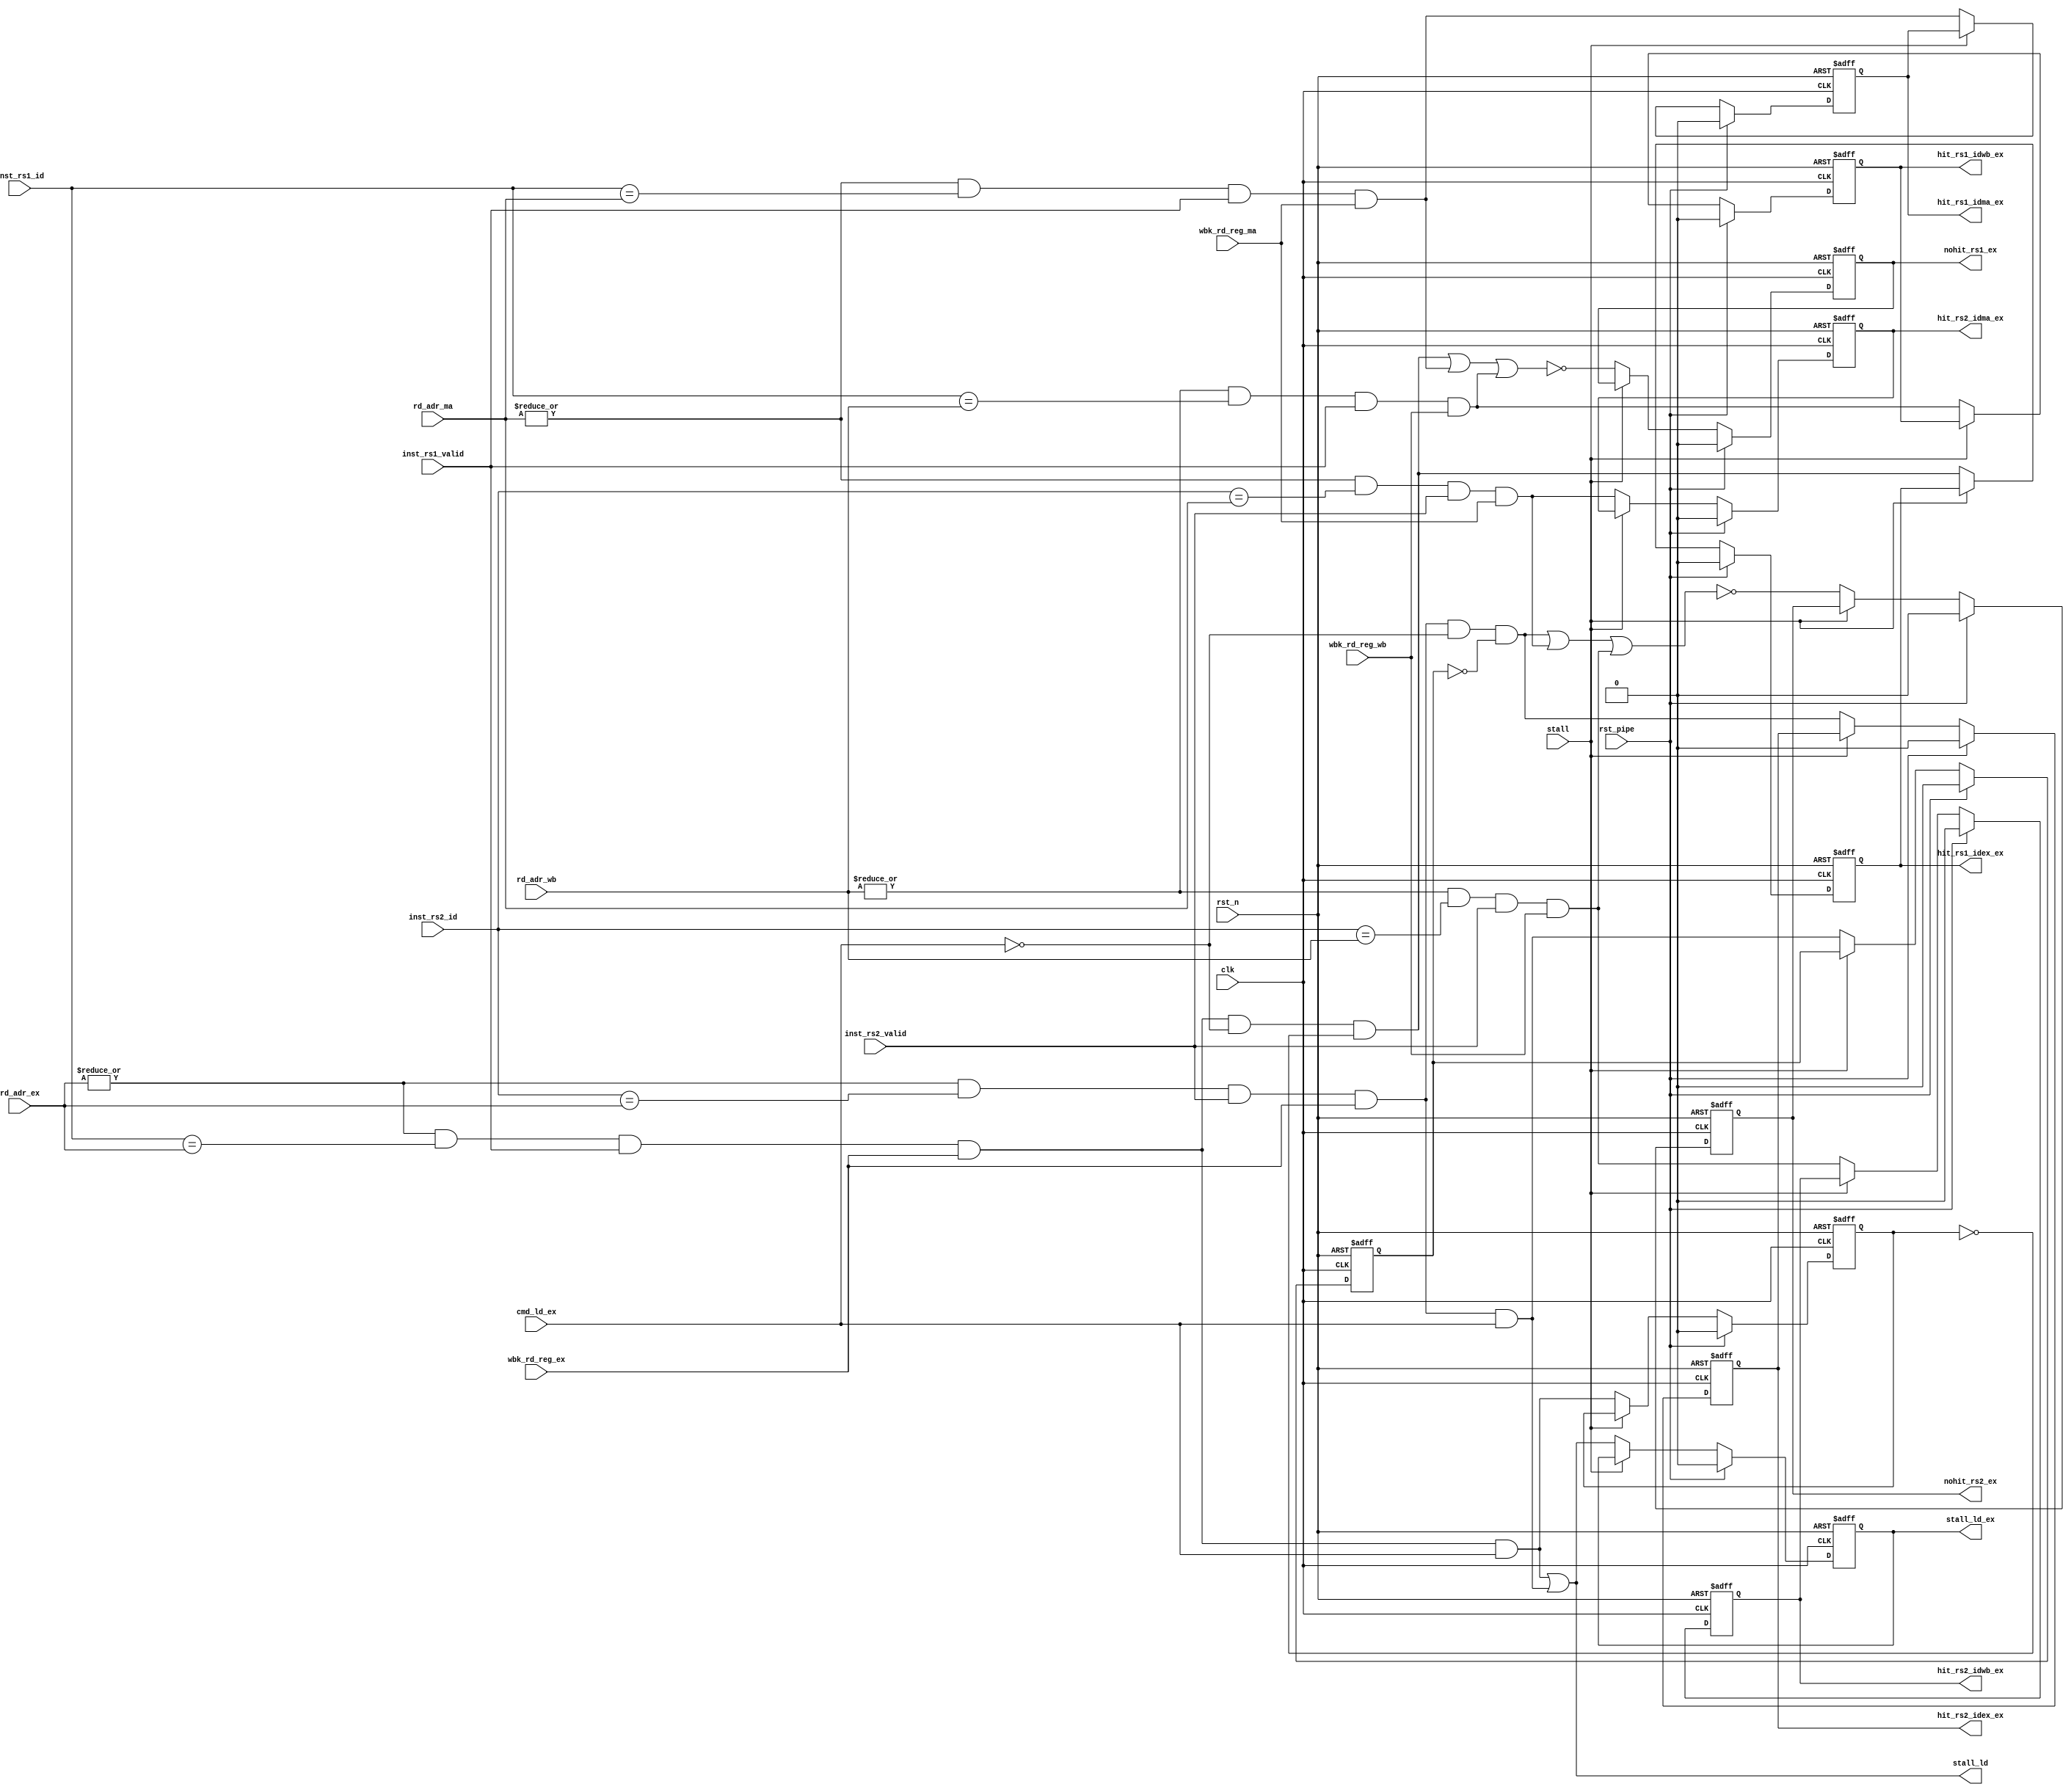
/*
 * My RISC-V RV32I CPU
 *   CPU Forwarding Module
 *    Verilog code
 * @auther		Yoshiki Kurokawa <yoshiki.k963@gmail.com>
 * @copylight	2021 Yoshiki Kurokawa
 * @license		https://opensource.org/licenses/MIT     MIT license
 * @version		0.1
 */

module forwarding(
	input clk,
	input rst_n,
	// id and valid from stages
	input [4:0] inst_rs1_id,
	input inst_rs1_valid,
	input [4:0] inst_rs2_id,
	input inst_rs2_valid,
	input [4:0] rd_adr_ex,
	input wbk_rd_reg_ex,
    input cmd_ld_ex,
	input [4:0] rd_adr_ma,
	input wbk_rd_reg_ma,
	input [4:0] rd_adr_wb,
	input wbk_rd_reg_wb,
	
	output reg hit_rs1_idex_ex,
	output reg hit_rs1_idma_ex,
	output reg hit_rs1_idwb_ex,
	output reg nohit_rs1_ex,
	output reg hit_rs2_idex_ex,
	output reg hit_rs2_idma_ex,
	output reg hit_rs2_idwb_ex,
	output reg nohit_rs2_ex,
	output reg stall_ld_ex,
	output stall_ld,
	// stall
	input stall,
	input rst_pipe

	);

// comparetor
reg hit_rs1_ldidex_dly;
reg hit_rs2_ldidex_dly;

wire rd_adr_ex_not0 = |rd_adr_ex;
wire rd_adr_ma_not0 = |rd_adr_ma;
wire rd_adr_wb_not0 = |rd_adr_wb;
wire hit_rs1_ldidex = rd_adr_ex_not0 & (inst_rs1_id == rd_adr_ex) & inst_rs1_valid & wbk_rd_reg_ex & cmd_ld_ex;
wire hit_rs1_idex = rd_adr_ex_not0 & (inst_rs1_id == rd_adr_ex) & inst_rs1_valid & wbk_rd_reg_ex & ~cmd_ld_ex & ~hit_rs1_ldidex_dly;
wire hit_rs1_idma = rd_adr_ma_not0 & (inst_rs1_id == rd_adr_ma) & inst_rs1_valid & wbk_rd_reg_ma;
wire hit_rs1_idwb = rd_adr_wb_not0 & (inst_rs1_id == rd_adr_wb) & inst_rs1_valid & wbk_rd_reg_wb;
wire nohit_rs1 = ~( hit_rs1_idex | hit_rs1_idma | hit_rs1_idwb);

wire hit_rs2_ldidex = rd_adr_ex_not0 & (inst_rs2_id == rd_adr_ex) & inst_rs2_valid & wbk_rd_reg_ex & cmd_ld_ex;
wire hit_rs2_idex = rd_adr_ex_not0 & (inst_rs2_id == rd_adr_ex) & inst_rs2_valid & wbk_rd_reg_ex & ~cmd_ld_ex & ~hit_rs2_ldidex_dly;
wire hit_rs2_idma = rd_adr_ma_not0 & (inst_rs2_id == rd_adr_ma) & inst_rs2_valid & wbk_rd_reg_ma;
wire hit_rs2_idwb = rd_adr_wb_not0 & (inst_rs2_id == rd_adr_wb) & inst_rs2_valid & wbk_rd_reg_wb;
wire nohit_rs2 = ~( hit_rs2_idex | hit_rs2_idma | hit_rs2_idwb);

// for stall 1 cycle
assign stall_ld = hit_rs1_ldidex | hit_rs2_ldidex;

always @ (posedge clk or negedge rst_n) begin
	if (~rst_n) begin
		hit_rs1_idex_ex <= 1'b0;
		hit_rs1_idma_ex <= 1'b0;
		hit_rs1_idwb_ex <= 1'b0;
		nohit_rs1_ex <= 1'b0;
		hit_rs2_idex_ex <= 1'b0;
		hit_rs2_idma_ex <= 1'b0;
		hit_rs2_idwb_ex <= 1'b0;
		nohit_rs2_ex <= 1'b0;
		stall_ld_ex <= 1'b0;
		hit_rs1_ldidex_dly <= 1'b0;
		hit_rs2_ldidex_dly <= 1'b0;
	end
	else if (rst_pipe) begin
		hit_rs1_idex_ex <= 1'b0;
		hit_rs1_idma_ex <= 1'b0;
		hit_rs1_idwb_ex <= 1'b0;
		nohit_rs1_ex <= 1'b0;
		hit_rs2_idex_ex <= 1'b0;
		hit_rs2_idma_ex <= 1'b0;
		hit_rs2_idwb_ex <= 1'b0;
		nohit_rs2_ex <= 1'b0;
		stall_ld_ex <= 1'b0;
		hit_rs1_ldidex_dly <= 1'b0;
		hit_rs2_ldidex_dly <= 1'b0;
	end
	else if (~stall) begin
		hit_rs1_idex_ex <= hit_rs1_idex;
		hit_rs1_idma_ex <= hit_rs1_idma;
		hit_rs1_idwb_ex <= hit_rs1_idwb;
		nohit_rs1_ex <= nohit_rs1;
		hit_rs2_idex_ex <= hit_rs2_idex;
		hit_rs2_idma_ex <= hit_rs2_idma;
		hit_rs2_idwb_ex <= hit_rs2_idwb;
		nohit_rs2_ex <= nohit_rs2;
		stall_ld_ex <= stall_ld;
		hit_rs1_ldidex_dly <= hit_rs1_ldidex;
		hit_rs2_ldidex_dly <= hit_rs2_ldidex;
	end
end

endmodule